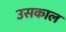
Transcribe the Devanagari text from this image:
उसकाल